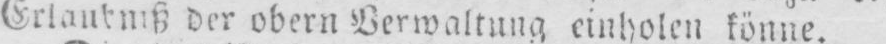
Erlaubniß der obern Verwaltung einholen könne.